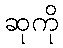
ဆုကို